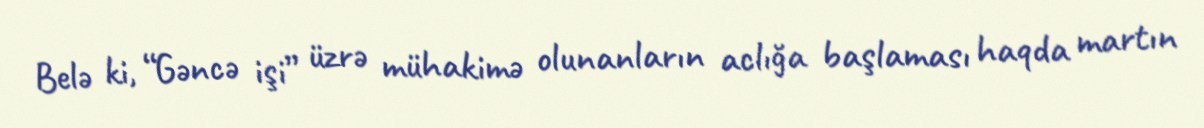
Belə ki, “Gəncə işi” üzrə mühakimə olunanların aclığa başlaması haqda martın